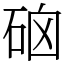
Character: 硇